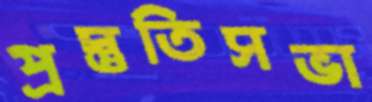
প্রস্তুতিসভা